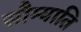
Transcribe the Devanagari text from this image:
सौम्याति